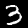
Digit: 3